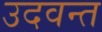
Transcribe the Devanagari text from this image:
उदवन्त